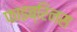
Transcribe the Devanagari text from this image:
फाइब्रिनस